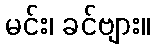
မင်း၊ ခင်ဗျား။